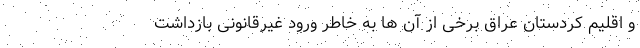
و اقلیم کردستان عراق برخی از آن ها به خاطر ورود غیرقانونی بازداشت